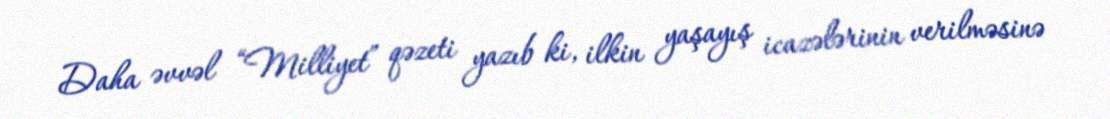
Daha əvvəl “Milliyet” qəzeti yazıb ki, ilkin yaşayış icazələrinin verilməsinə